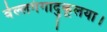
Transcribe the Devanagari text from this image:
वेल्लगंगादुकूलया।